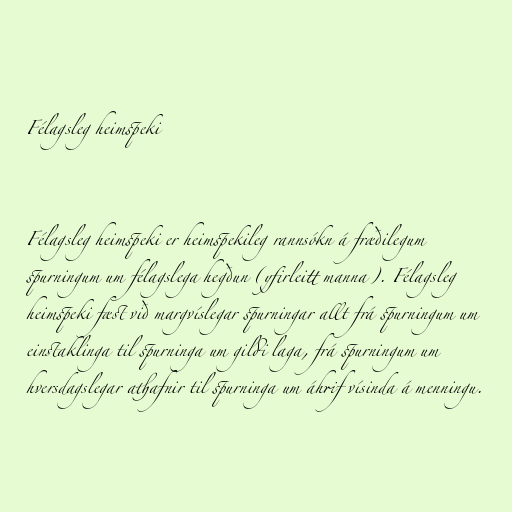
Félagsleg heimspeki

Félagsleg heimspeki er heimspekileg rannsókn á fræðilegum
spurningum um félagslega hegðun (yfirleitt manna). Félagsleg
heimspeki fæst við margvíslegar spurningar allt frá spurningum um
einstaklinga til spurninga um gildi laga, frá spurningum um
hversdagslegar athafnir til spurninga um áhrif vísinda á menningu.